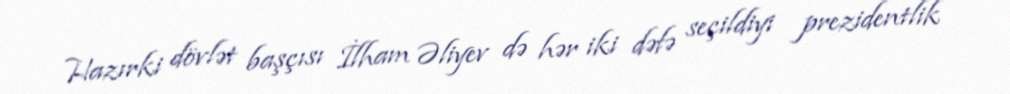
Hazırki dövlət başçısı İlham Əliyev də hər iki dəfə seçildiyi prezidentlik